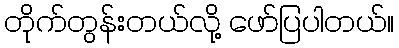
တိုက်တွန်းတယ်လို့ ဖော်ပြပါတယ်။